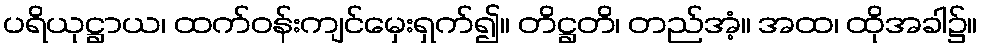
ပရိယုဋ္ဌာယ၊ ထက်ဝန်းကျင်မှေးရှက်၍။ တိဋ္ဌတိ၊ တည်အံ့။ အထ၊ ထိုအခါ၌။